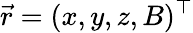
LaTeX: \vec{r}=(x,y,z,B)^{\top}